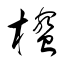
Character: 櫁